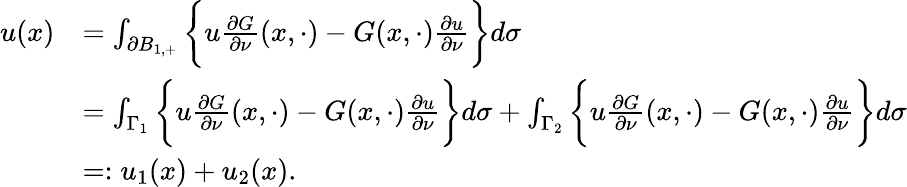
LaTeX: \begin{array}{rl}{u(x)}&{=\int_{\partial B_{1,+}}\bigg\{ u\frac{\partial G}{\partial\nu}(x,\cdot)-G(x,\cdot)\frac{\partial u}{\partial\nu}\bigg\} d\sigma}\\ &{=\int_{\Gamma_{1}}\bigg\{ u\frac{\partial G}{\partial\nu}(x,\cdot)-G(x,\cdot)\frac{\partial u}{\partial\nu}\bigg\} d\sigma+\int_{\Gamma_{2}}\bigg\{ u\frac{\partial G}{\partial\nu}(x,\cdot)-G(x,\cdot)\frac{\partial u}{\partial\nu}\bigg\} d\sigma}\\ &{=:u_{1}(x)+u_{2}(x).}\end{array}